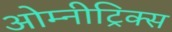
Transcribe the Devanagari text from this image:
ओम्नीट्रिक्स